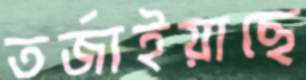
তর্জাইয়াছে